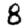
Digit: 8